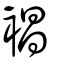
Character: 裮